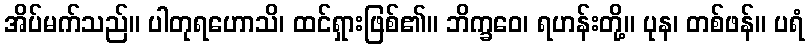
အိပ်မက်သည်။ ပါတုရဟောသိ၊ ထင်ရှားဖြစ်၏။ ဘိက္ခဝေ၊ ရဟန်းတို့။ ပုန၊ တစ်ဖန်။ ပရံ